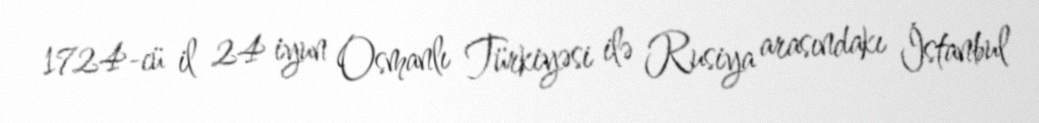
1724-cü il 24 iyun Osmanlı Türkiyəsi ilə Rusiya arasındakı İstanbul